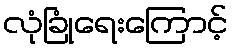
လုံခြုံရေးကြောင့်